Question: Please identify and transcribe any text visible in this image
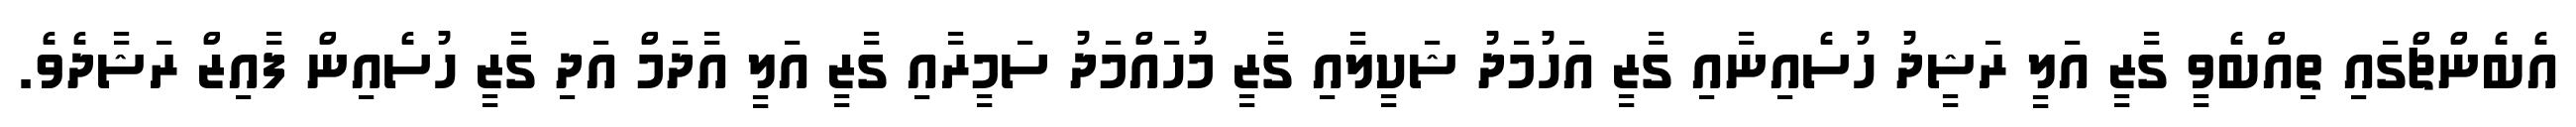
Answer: އެބެންޗްގައި ތިއްބެވީ ގާޒީ އަލީ ރަޝީދު ހުސެއިނާއި ގާޒީ އަހުމަދު ޝަކީލާއި ގާޒީ މުހައްމަދު ސަމީރާއި ގާޒީ އަލީ އާދަމް އަދި ގާޒީ ހުސެއިން ފާއިޒް ރަޝާދެވެ.